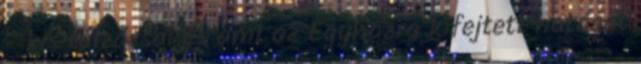
- kis túlzással és ami az Egyházra kifejtett hatását